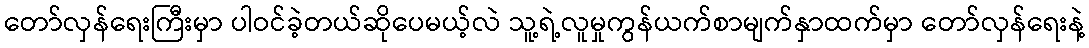
တော်လှန်ရေးကြီးမှာ ပါဝင်ခဲ့တယ်ဆိုပေမယ့်လဲ သူ့ရဲ့လူမှုကွန်ယက်စာမျက်နှာထက်မှာ တော်လှန်ရေးနဲ့